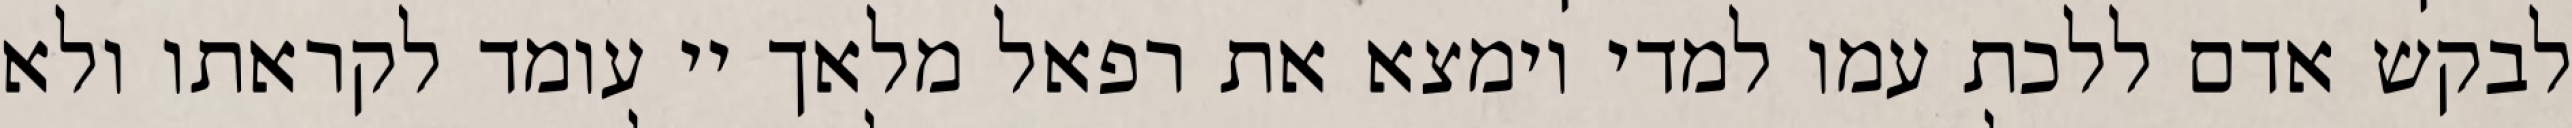
לבקש אדם ללכת עמו למדי וימצא את רפאל מלאך יי עומד לקראתו ולא